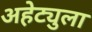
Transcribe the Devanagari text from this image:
अहेट्युला